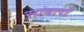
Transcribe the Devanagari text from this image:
सांबारो